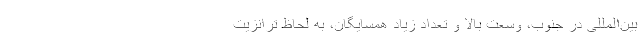
بین‌المللی در جنوب، وسعت بالا و تعداد زیاد همسایگان، به لحاظ ترانزیت